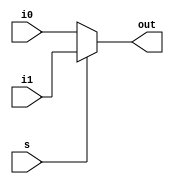
module multiplexer_2to1 (i0, i1, s, out);
    parameter SIZE = 1;
    input [SIZE-1:0] i0;
    input [SIZE-1:0] i1;
    input wire s;
    output reg out;


    always @(s) begin
      if (s == 1'b0)
        out = i0;
      else
        out = i1;
    end

endmodule